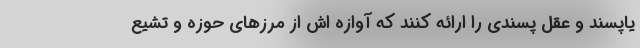
یاپسند و عقل پسندی را ارائه کنند که آوازه اش از مرزهای حوزه و تشیع